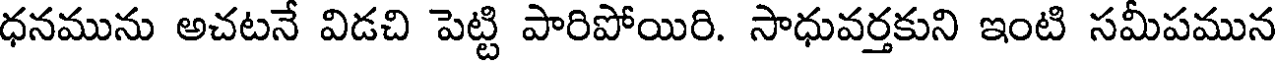
ధనమును అచటనే విడచి పెట్టి పారిపోయిరి. సాధువర్తకుని ఇంటి సమీపమున